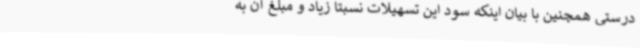
درستی همچنین با بیان اینکه سود این تسهیلات نسبتا زیاد و مبلغ آن به